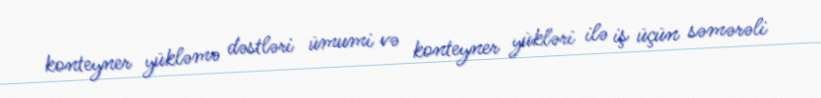
konteyner yükləmə dəstləri ümumi və konteyner yükləri ilə iş üçün səmərəli